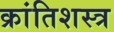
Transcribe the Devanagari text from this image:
क्रांतिशस्त्र